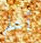
أعلم